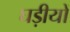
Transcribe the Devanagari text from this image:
घड़ीयों